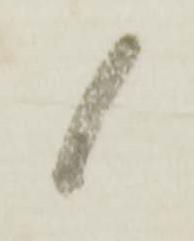
候